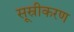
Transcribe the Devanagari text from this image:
सूस्रीकरण